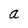
Character: a